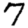
Digit: 7